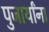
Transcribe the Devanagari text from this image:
पुजार्यांना